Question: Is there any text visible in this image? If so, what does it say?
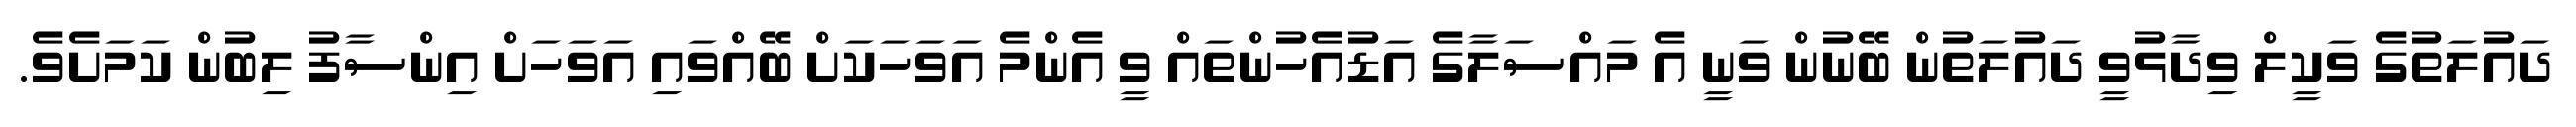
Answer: ދައުލަތުގެ ވަކީލް ވިދާޅުވީ ދައުލަތުން ބޭނުން ވަނީ އެ މައްސަލާގެ އަޑުއެހުންތައް ވީ އެންމެ އަވަހަކަށް ބޭއްވައި އަވަހަށް އިންސާފު ލިބުން ކަމަށެވެ.